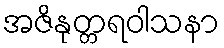
အဇိနုတ္တရဝါသနာ